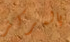
بالمركز